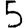
Digit: 5